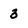
Character: 3